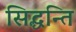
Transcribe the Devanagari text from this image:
सिद्धन्ति